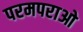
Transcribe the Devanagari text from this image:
परमपराओ